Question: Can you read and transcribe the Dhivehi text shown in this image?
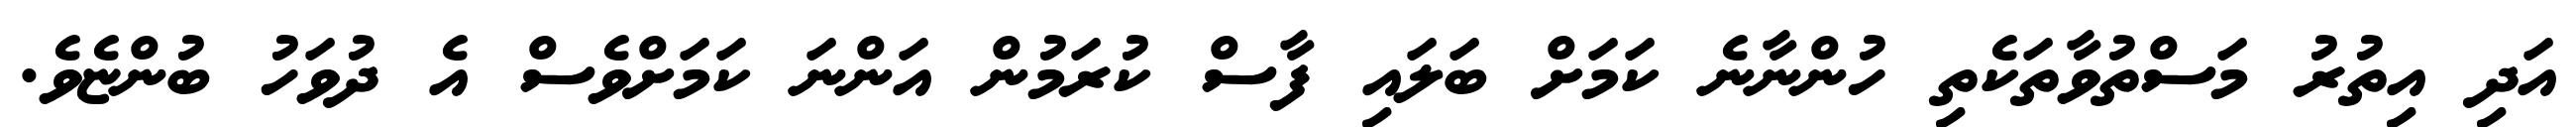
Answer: އަދި އިތުރު މަސްތުވާތަކެތި ހުންނާނެ ކަމަށް ބަލައި ފާސް ކުރަމުން އަންނަ ކަމަށްވެސް އެ ދުވަހު ބުންޏެވެ.